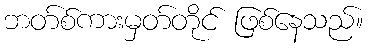
ဘတ်စ်ကားမှတ်တိုင် ဖြစ်နေသည်။